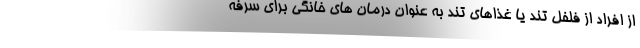
از افراد از فلفل تند یا غذاهای تند به عنوان درمان های خانگی برای سرفه